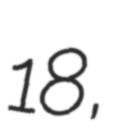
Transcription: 18,